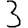
Digit: 3